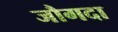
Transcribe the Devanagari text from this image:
जौगदा